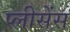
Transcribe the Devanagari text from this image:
प्लीसेंस